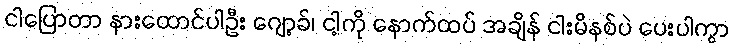
ငါပြောတာ နားထောင်ပါဦး ဂျော့ခ်၊ ငါ့ကို နောက်ထပ် အချိန် ငါးမိနစ်ပဲ ပေးပါကွာ